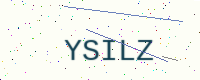
Text: YSILZ